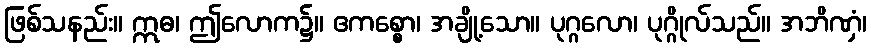
ဖြစ်သနည်း။ ဣဓ၊ ဤလောက၌။ ဧကစ္စော၊ အချို့သော။ ပုဂ္ဂလော၊ ပုဂ္ဂိုလ်သည်။ အဘိဏှံ၊